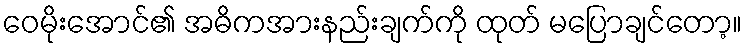
ဝေမိုးအောင်၏ အဓိကအားနည်းချက်ကို ထုတ် မပြောချင်တော့။